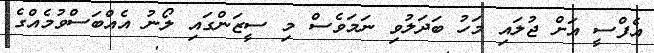
އެފްސީ އަށް ޖުލައި މަހު ބަދަލުވި ނަމަވެސް މި ސީޒަންގައި ލޯނު އެއްބަސްވުމެއްގެ